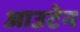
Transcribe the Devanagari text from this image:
आउटेन